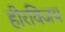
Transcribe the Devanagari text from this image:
हीरविजय